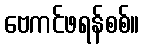
ဗေကင်ဖရန်စစ်။